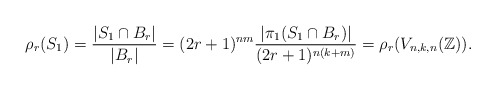
\begin{align*} \rho_{r}(S_{1}) = \dfrac{ | S_{1} \cap B_r| }{ |B_r| } = (2r+1)^{nm}\dfrac{ | \pi_{1}(S_{1} \cap B_r) | }{(2r+1)^{n(k+m)}} = \rho_{r}(V_{n, k, n}(\mathbb{Z})).\end{align*}